Annual report on the working of the lock hospitals in the North-Western Provinces and Oudh
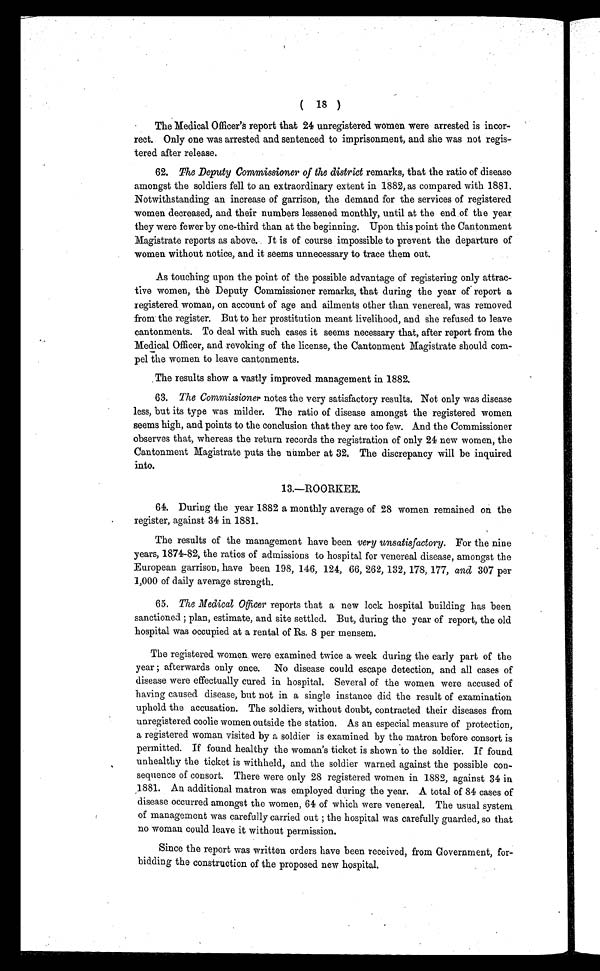
( 18 )
The Medical Officer's report that 24 unregistered women were arrested is incor
rect. Only one was arrested and sentenced to imprisonment, and she was not regis
tered after release.
62. The Deputy Commissioner of the district remarks, that the ratio of disease
amongst the soldiers fell to an extraordinary extent in 1882, as compared with 1881.
Notwithstanding an increase of garrison, the demand for the services of registered
women decreased, and their numbers lessened monthly, until at the end of the year
they were fewer by one-third than at the beginning. Upon this point the Cantonment
Magistrate reports as above. It is of course impossible to prevent the departure of
women without notice, and it seems unnecessary to trace them out.
As touching upon the point of the possible advantage of registering only attrac
tive women, the Deputy Commissioner remarks, that during the year of report a
registered woman, on account of age and ailments other than venereal, was removed
from the register. But to her prostitution meant livelihood, and she refused to leave
cantonments. To deal with such cases it seems necessary that, after report from the
Medical Officer, and revoking of the license, the Cantonment Magistrate should com
pel the women to leave cantonments.
The results show a vastly improved management in 1882.
63. The Commissioner notes the very satisfactory results. Not only was disease
less, but its type was milder. The ratio of disease amongst the registered women
seems high, and points to the conclusion that they are too few. And the Commissioner
observes that, whereas the return records the registration of only 24 new women, the
Cantonment Magistrate puts the number at 32. The discrepancy will be inquired
into.
13.—ROORKEE.
64. During the year 1882 a monthly average of 28 women remained on the
register, against 34 in 1881.
The results of the management have been very unsatisfactory. For the nine
years, 1874-82, the ratios of admissions to hospital for venereal disease, amongst the
European garrison, have been 198, 146, 124, 66, 262, 132, 178, 177, and 307 per
1,000 of daily average strength.
65. The Medical Officerr e p o r t s t h a t a n e w l o c k h o s p i t a l b u i l d i n g h a s b e e n
sanctioned ; plan, estimate, and site settled. But, during the year of report, the old
hospital was occupied at a rental of Rs. 8 per mensem.
The registered women were examined twice a week during the early part of the
year afterwards only once. No disease could escape detection, and all cases of
disease were effectually cured in hospital. Several of the women were accused of
having caused disease, but not in a single instance did the result of examination
uphold the accusation. The soldiers, without doubt, contracted their diseases from
unregistered coolie women outside the station. As an especial measure of protection,
a registered woman visited by a soldier is examined by the matron before consort is
permitted. If found healthy the woman's ticket is shown to the soldier. If found
unhealthy the ticket is withheld, and the soldier warned against the possible con
sequence of consort. There were only 28 registered women in 1882, against 34 in
1 8 8 1 . A n a d d i t i o n a l m a t r o n w a s e m p l o y e d d u r i n g t h e y e a r . A t o t a l o f 8 4 c a s e s o f
disease occurred amongst the women, 64 of which were venereal. The usual system
of management was carefully carried out ; the hospital was carefully guarded, so that
no woman could leave it without permission.
Since the report was written orders have been received, from Government, for
bidding the construction of the proposed new hospital.